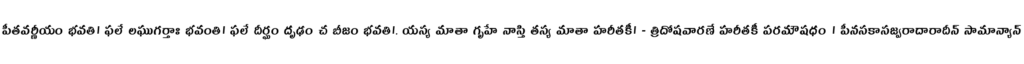
పీతవర్ణీయం భవతి। ఫలే లఘుగర్తాః భవంతి। ఫలే దీర్ఘం దృఢం చ బీజం భవతి।. యస్య మాతా గృహే నాస్తి తస్య మాతా హరీతకీ। - త్రిదోషవారణే హరీతకీ పరమౌషధం । పీనసకాసజ్వరాదారాదీన్ సామాన్యాన్